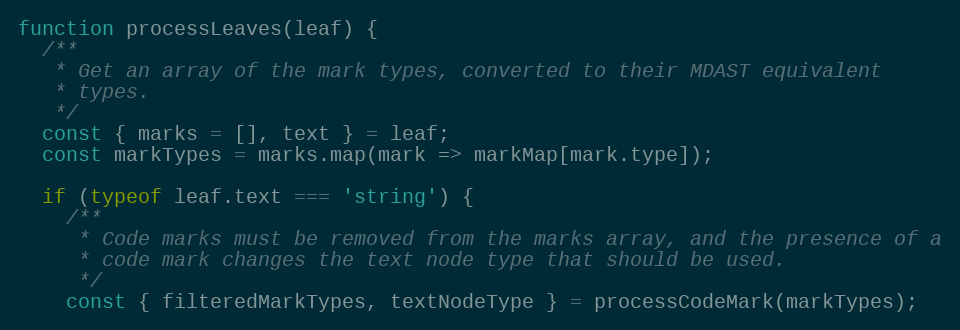
Language: JavaScript
function processLeaves(leaf) {
  /**
   * Get an array of the mark types, converted to their MDAST equivalent
   * types.
   */
  const { marks = [], text } = leaf;
  const markTypes = marks.map(mark => markMap[mark.type]);

  if (typeof leaf.text === 'string') {
    /**
     * Code marks must be removed from the marks array, and the presence of a
     * code mark changes the text node type that should be used.
     */
    const { filteredMarkTypes, textNodeType } = processCodeMark(markTypes);